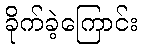
ခိုက်ခဲ့ကြောင်း